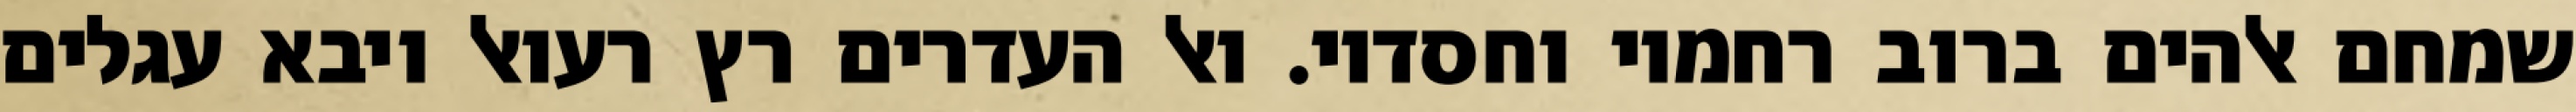
שמחם אלהים ברוב רחמיו וחסדיו. ואל העדרים רץ רעואל ויבא עגלים